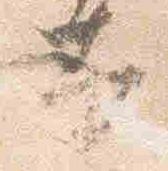
本